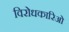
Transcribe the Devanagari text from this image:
विरोधकारिओं